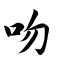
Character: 吻